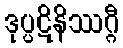
ဒုပ္ပဋိနိဿဂ္ဂီ